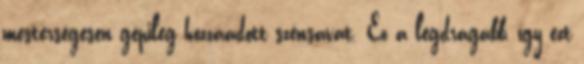
mesterségesen gépileg hozzáadott szénsavat. Ez a legdrágább, így ezt